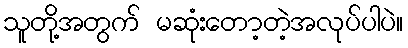
သူတို့အတွက် မဆုံးတော့တဲ့အလုပ်ပါပဲ။